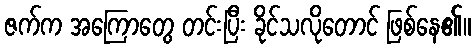
ဇက်က အကြောတွေ တင်းပြီး ခိုင်သလိုတောင် ဖြစ်နေ၏။